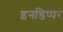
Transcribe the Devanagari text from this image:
इनडिप्पर